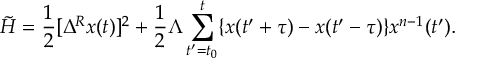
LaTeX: \tilde { H } = \frac { 1 } { 2 } [ \Delta ^ { R } x ( t ) ] ^ { 2 } + \frac { 1 } { 2 } \Lambda \sum _ { t ^ { \prime } = t _ { 0 } } ^ { t } \{ x ( t ^ { \prime } + \tau ) - x ( t ^ { \prime } - \tau ) \} x ^ { n - 1 } ( t ^ { \prime } ) .